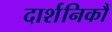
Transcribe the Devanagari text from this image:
दार्शनिकौं